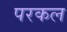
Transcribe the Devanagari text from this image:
परकल